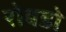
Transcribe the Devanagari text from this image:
रोबडो